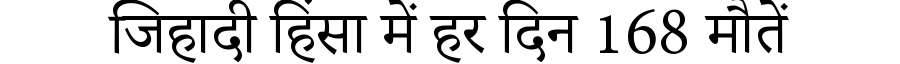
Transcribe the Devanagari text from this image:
जिहादी हिंसा में हर दिन 168 मौतें